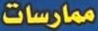
ممارسات